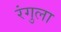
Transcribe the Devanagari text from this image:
रंगुला